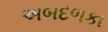
અબદળકા